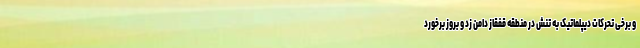
و برخی تحرکات دیپلماتیک به تنش در منطقه قفقاز دامن زد و بروز برخورد